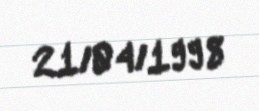
21/04/1998